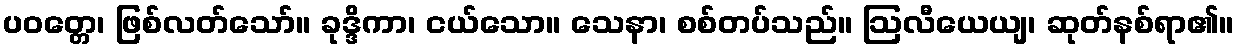
ပဝတ္တေ၊ ဖြစ်လတ်သော်။ ခုဒ္ဒိကာ၊ ငယ်သော။ သေနာ၊ စစ်တပ်သည်။ ဩလီယေယျ၊ ဆုတ်နစ်ရာ၏။